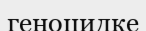
геноцидке